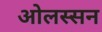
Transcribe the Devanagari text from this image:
ओलस्सन